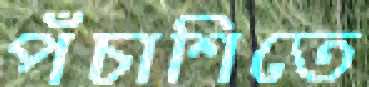
পঁচাশিতে